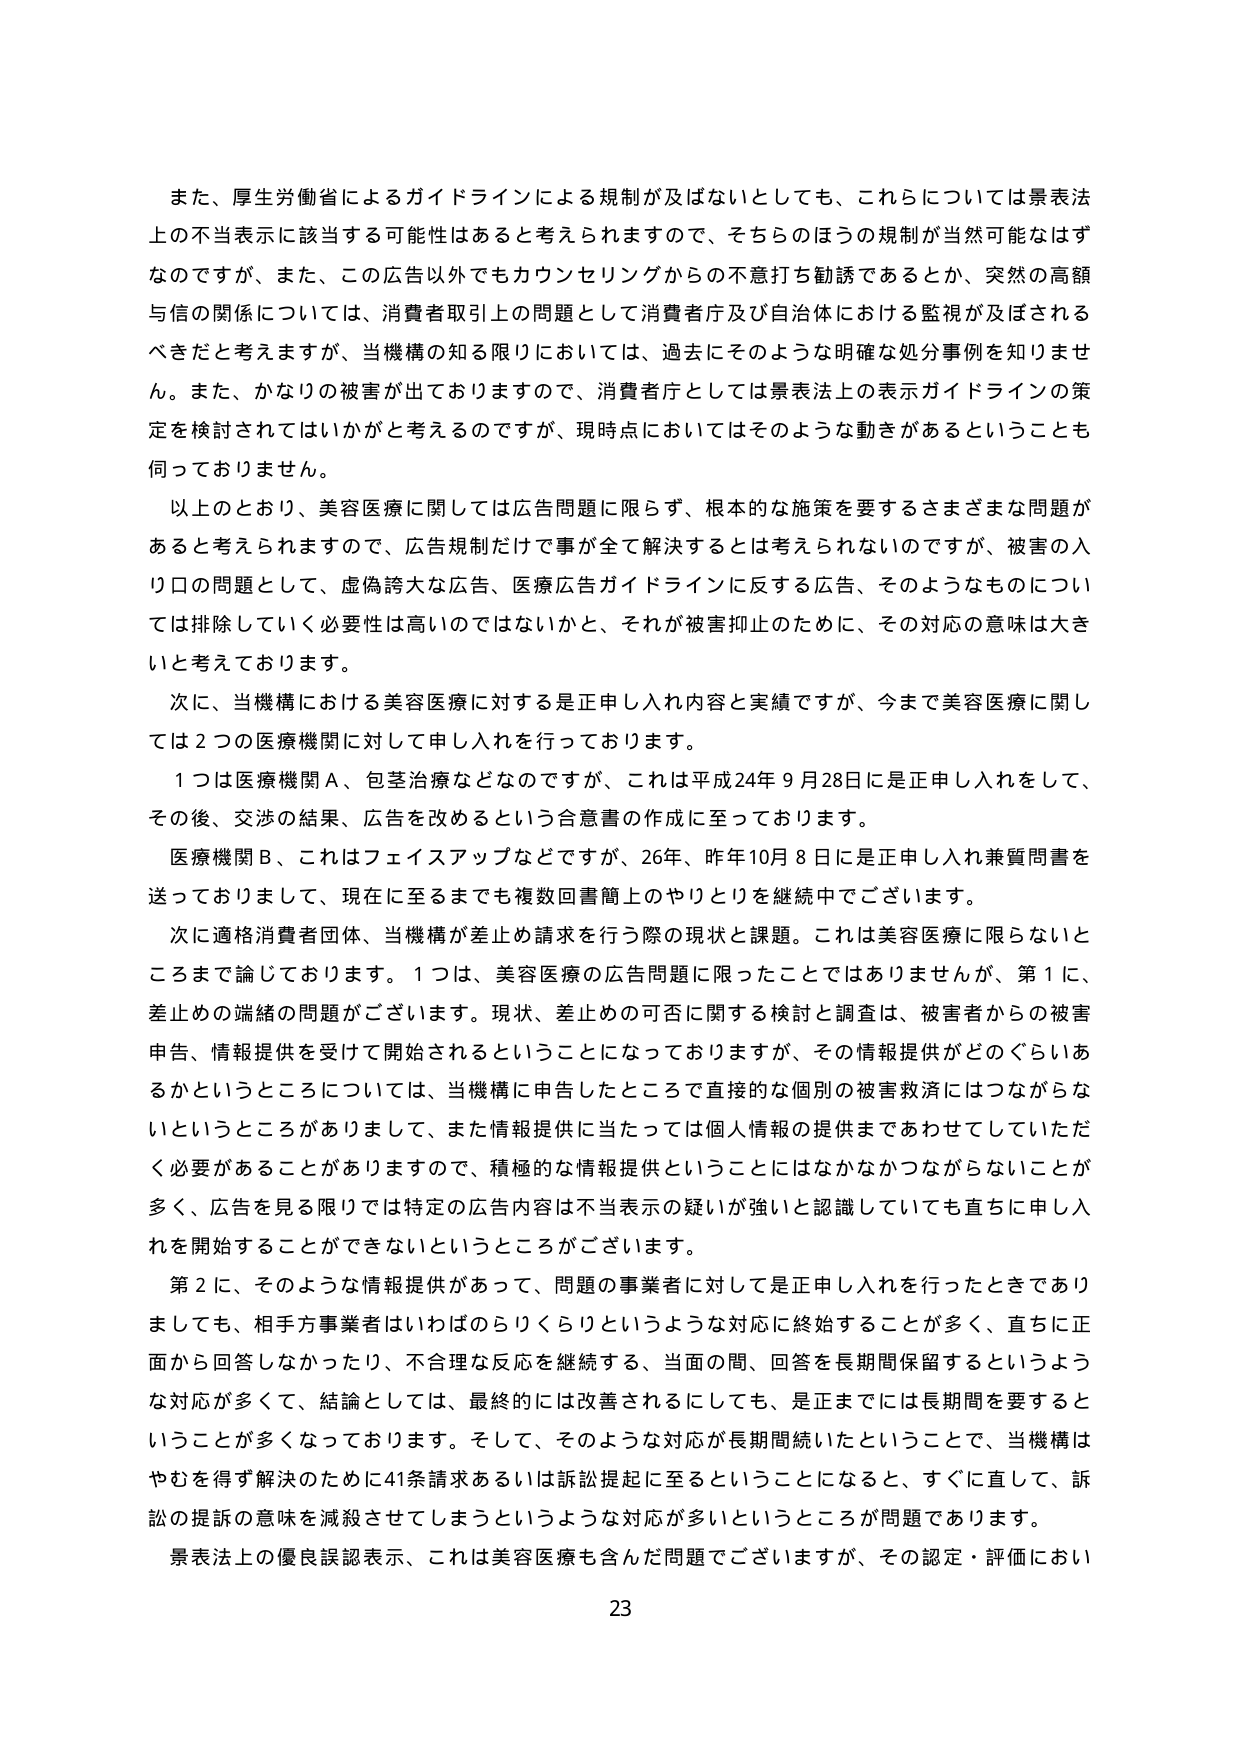
また、厚生労働省によるガイドラインによる規制が及ばないとしても、これらについては景表法上の不当表示に該当する可能性はあると考えられますので、そちらのほうの規制が当然可能はずなのですが、また、この広告以外でもカウンセリングからの不意打ち勧誘であるとか、突然の高額与信の関係については、消費者取引上の問題として消費者庁及び自治体における監視が及ばされるべきだと考えますが、当機構の知る限りにおいては、過去にそのような明確な処分事例を知りません。また、かなりの被害が出ておりますので、消費者庁としては景表法上の表示ガイドラインの策定を検討されてはいかがと考えるのですが、現時点においてはそのような動きがあるということも伺っておりません。

以上のとおり、美容医療に関しては広告問題に限らず、根本的な施策を要するさまざまな問題があると考えられますので、広告規制だけで事が全て解決するとは考えられないのですが、被害の入り口の問題として、虚偽誇大な広告、医療広告ガイドラインに反する広告、そのようなものについては排除していく必要性は高いのではないかと、それが被害抑止のために、その対応の意味は大きいと考えております。

次に、当機構における美容医療に対する是正申し入れ内容と実績ですが、今まで美容医療に関しては2つの医療機関に対して申し入れを行っております。

1つは医療機関A、包茎治療などなのですが、これは平成24年9月28日に是正申し入れをして、その後、交渉の結果、広告を改めるという合意書の作成に至っております。

医療機関B、これはフェイスアップなどですが、26年、昨年10月8日に是正申し入れ兼質問書を送っておりますし、現在に至るまでも複数回書簡上のやりとりを継続中でございます。

次に適格消費者団体、当機構が差止め請求を行う際の現状と課題。これは美容医療に限らないところまで論じております。1つは、美容医療の広告問題に限ったことではありませんが、第1に、差止めの端緒の問題がございます。現状、差止めの可否に関する検討と調査は、被害者からの被害申告、情報提供を受けて開始されるということになっておりますが、その情報提供がどのぐらいあるかというところについては、当機構に申告したところで直接的な個別の被害救済にはつながらないというところがおりまして、また情報提供に当たっては個人情報の提供まであわせてしていただく必要があることがありますので、積極的な情報提供ということにはなかなかつながらないことが多く、広告を見る限りでは特定の広告内容は不当表示の疑いが強いと認識していても直ちに申し入れを開始することができないというところがございます。

第2に、そのような情報提供があって、問題の事業者に対して是正申し入れを行ったときでありましても、相手方事業者はいわばのらりくらりというような対応に終始することが多く、直ちに正面から回答しなかったり、不合理な反応を継続する、当面の間、回答を長期間保留するというような対応が多くて、結論としては、最終的には改善されるにしても、是正までには長期間を要するということが多くなっております。そして、そのような対応が長期間続いたということで、当機構はやむを得ず解決のために41条請求あるいは訴訟提起に至るということになると、すぐに直して、訴訟の提訴の意味を減殺させてしまうというような対応が多いというところが問題であります。

景表法上の優良誤認表示、これは美容医療も含んだ問題でございますが、その認定・評価におい

23